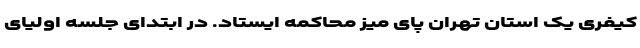
کیفری یک استان تهران پای میز محاکمه ایستاد. در ابتدای جلسه اولیای